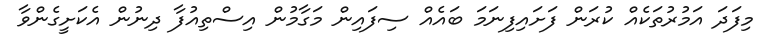
މިފަދަ އަމުރުތަކެއް ކުރަން ފަށައިފިނަމަ ބައެއް ސިފައިން މަގާމުން އިސްތިއުފާ ދިނުން އެކަށީގެންވާ